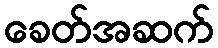
ခေတ်အဆက်